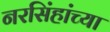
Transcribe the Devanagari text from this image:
नरसिंहांच्या